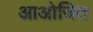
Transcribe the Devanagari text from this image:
आओजित